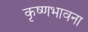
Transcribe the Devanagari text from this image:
कृष्णभावना